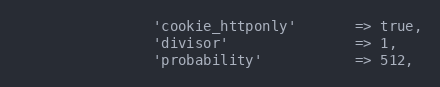
Language: PHP
				'cookie_httponly'		=> true,
				'divisor'				=> 1,
				'probability'			=> 512,